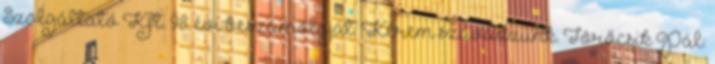
Szolgáltató Kft. 98. évi beszámolóját. Kérem szavazzunk. Törőcsik Pál: